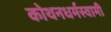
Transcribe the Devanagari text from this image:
कोथनधर्मस्वामी